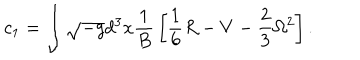
c _ { 1 } = \int \sqrt { - g } d ^ { 3 } x { \frac { 1 } { B } } \left[ \frac 1 6 R - V - \frac 2 3 \Omega ^ { 2 } \right] .